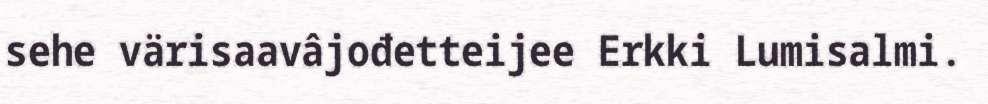
sehe värisaavâjođetteijee Erkki Lumisalmi.